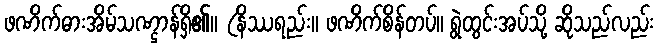
ဖဏိက်ဓားအိမ်သဏ္ဌာန်ရှိ၏။ (နိဿရည်း။ ဖဏိက်စိန်တပ်။ ရွဲထွင်းအပ်သို့ ဆိုသည်လည်း